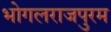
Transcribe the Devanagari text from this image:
भोगलराजपुरम